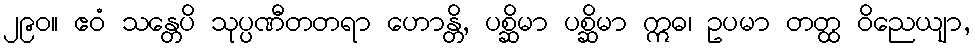
၂၉၀။ ဧဝံ သန္တေပိ သုပ္ပဏီတတရာ ဟောန္တိ, ပစ္ဆိမာ ပစ္ဆိမာ ဣဓ၊ ဥပမာ တတ္ထ ဝိညေယျာ,